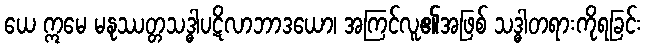
ယေ ဣမေ မနုဿတ္တသဒ္ဓါပဋိလာဘာဒယော၊ အကြင်လူ၏အဖြစ် သဒ္ဓါတရားကိုရခြင်း